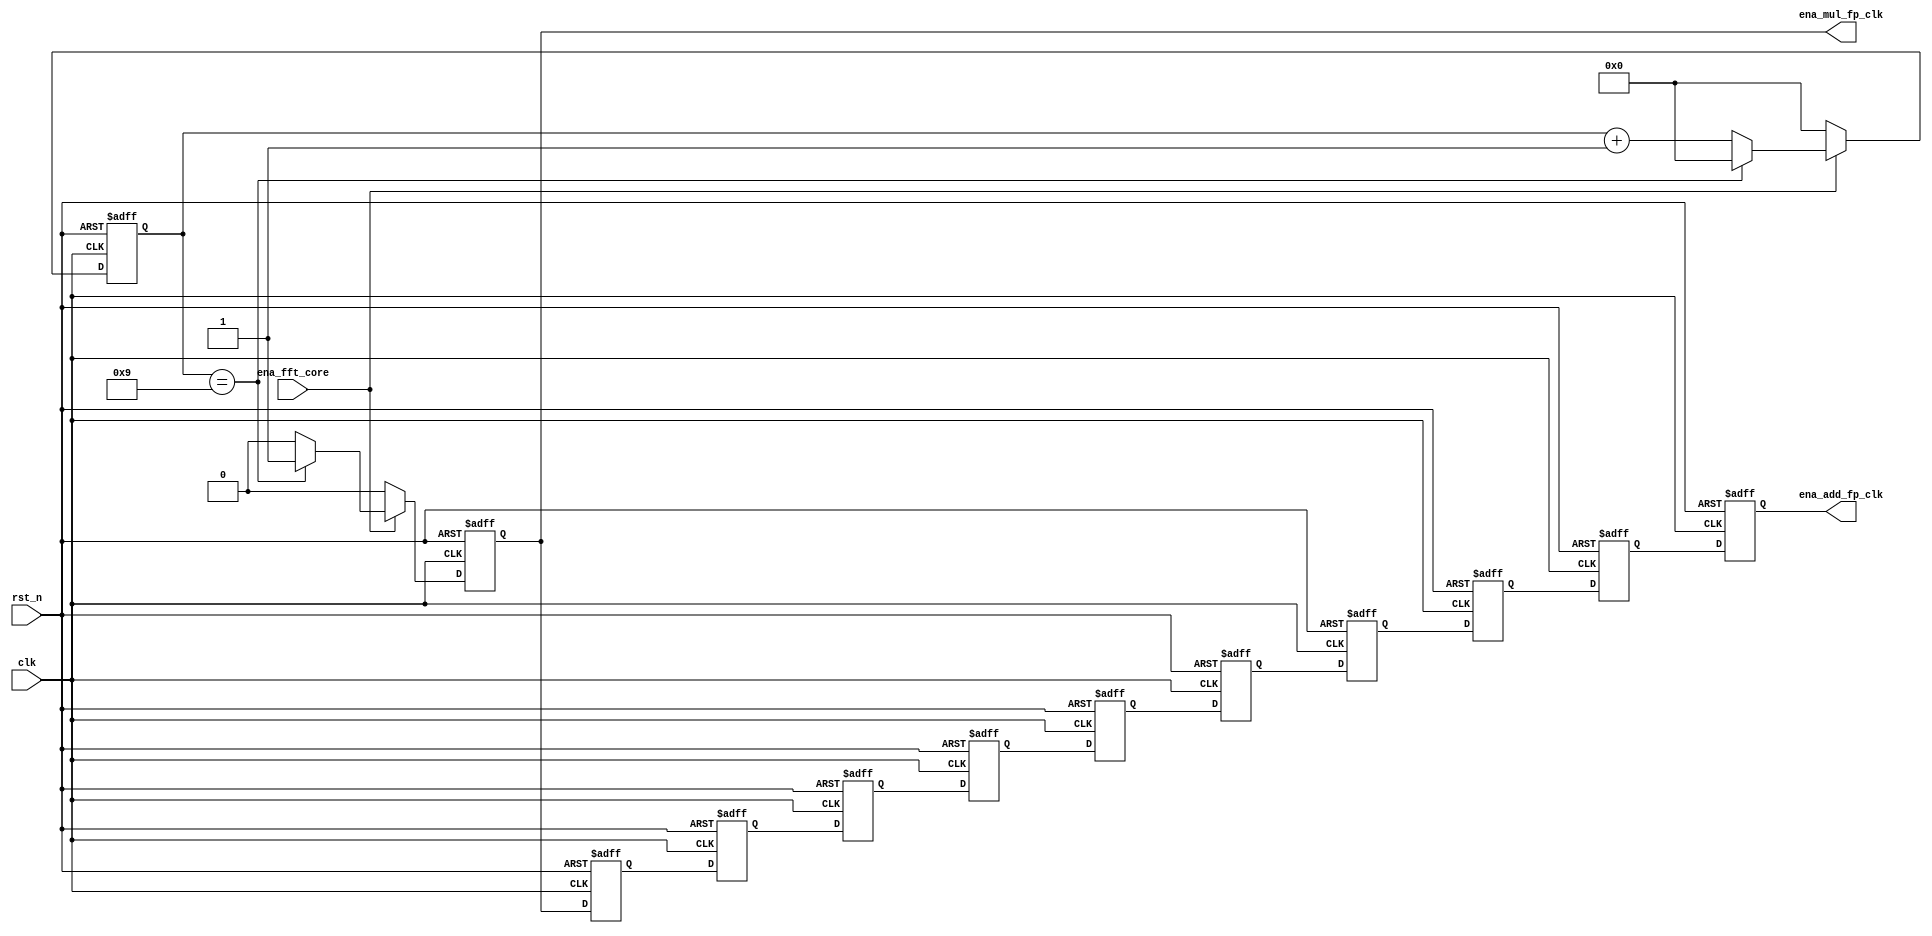
module control_floating_point(clk,rst_n
                              ,ena_fft_core
                              ,ena_mul_fp_clk
                              ,ena_add_fp_clk
                             );

//parameter
parameter OVERLOAD = 9;

//Input define
input clk;
input rst_n;
input ena_fft_core;

//Output define
output ena_mul_fp_clk;
output ena_add_fp_clk;

//Internal signals
reg [3:0] counter;
reg ena_mul_fp_clk;
reg ena_add_fp_clk;
reg  w1;
reg  w2;
reg  w3;
reg  w4;
reg  w5;
reg  w6;
reg  w7;
reg  w8;
reg  w9;
wire[3:0]pre_counter;
wire ena_fft_core;

///////////////////////////////////////////
always@(posedge clk or negedge rst_n) begin
    if(!rst_n) begin
      counter    <= 0;
      ena_mul_fp_clk <= 1'b0;
    end
    else begin
      if(ena_fft_core) begin
        if (pre_counter == OVERLOAD) begin
          counter    <= 0;
          ena_mul_fp_clk <= 1'b1;
        end
        else begin
          counter    <= pre_counter + 1;
          ena_mul_fp_clk <= 1'b0;
        end
       end
     else begin
          counter    <= 0;
          ena_mul_fp_clk <= 1'b0;
       end
    end
end
assign pre_counter = counter;

///////////////////////////////////////////

always@(posedge clk or negedge rst_n) begin
  if (!rst_n) begin
    w1        <= 0;
  end
  else begin
    w1        <= ena_mul_fp_clk;
  end
end
always@(posedge clk or negedge rst_n) begin
  if (!rst_n) begin
    w2        <= 0;
  end
  else begin
    w2        <= w1;
  end
end
always@(posedge clk or negedge rst_n) begin
  if (!rst_n) begin
    w3        <= 0;
  end
  else begin
    w3        <= w2;
  end
end
always@(posedge clk or negedge rst_n) begin
  if (!rst_n) begin
    w4        <= 0;
  end
  else begin
    w4        <= w3;
  end
end
always@(posedge clk or negedge rst_n) begin
  if (!rst_n) begin
    w5        <= 0;
  end
  else begin
    w5        <= w4;
  end
end
always@(posedge clk or negedge rst_n) begin
  if (!rst_n) begin
    w6        <= 0;
  end
  else begin
    w6        <= w5;
  end
end
always@(posedge clk or negedge rst_n) begin
  if (!rst_n) begin
    w7        <= 0;
  end
  else begin
    w7        <= w6;
  end
end
always@(posedge clk or negedge rst_n) begin
  if (!rst_n) begin
    w8        <= 0;
  end
  else begin
    w8        <= w7;
  end
end
always@(posedge clk or negedge rst_n) begin
  if (!rst_n) begin
    w9        <= 0;
  end
  else begin
    w9        <= w8;
  end
end
always@(posedge clk or negedge rst_n) begin
  if (!rst_n) begin
    ena_add_fp_clk        <= 0;
  end
  else begin
    ena_add_fp_clk        <= w9;
  end
end

endmodule